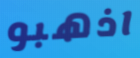
اذهبو